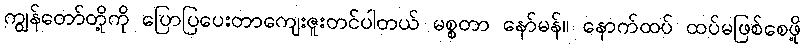
ကျွန်တော်တို့ကို ပြောပြပေးတာကျေးဇူးတင်ပါတယ် မစ္စတာ နော်မန်။ နောက်ထပ် ထပ်မဖြစ်စေဖို့